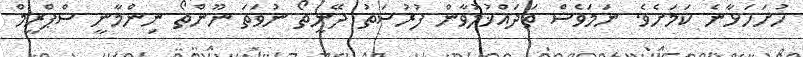
ހުށަހަޅާނެ ކަމަށެވެ. ނަމަވެސް ތަދައްޚުލުވާން ފުރުސަތު ދޭނީތޯ ނުވަތަ ނޫންތޯ ނިންމާނީ ސްޕްރީމް